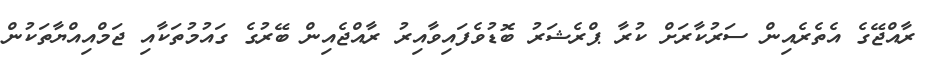
ރާއްޖޭގެ އެތެރެއިން ސަރުކާރަށް ކުރާ ޕްރެޝަރު ބޮޑުވެފައިވާއިރު ރާއްޖެއިން ބޭރުގެ ގައުމުތަކާއި ޖަމްއިއްޔާތަކުން